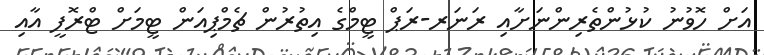
އަށް ހޮވުނު ކުޅުންތެރިންނަށާއި ރަނަރ-ރަޕް ޓީމްގެ އިތުރުން ޗެމްޕިއަން ޓީމަށް ޓްރޮފީ އާއި